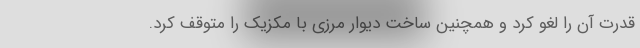
قدرت آن را لغو کرد و همچنین ساخت دیوار مرزی با مکزیک را متوقف کرد.